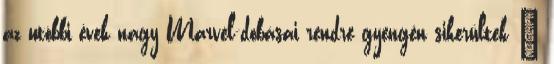
az utóbbi évek nagy Marvel-dobásai rendre gyengén sikerültek –